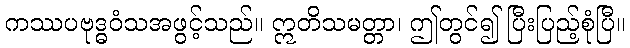
ကဿပဗုဒ္ဓဝံသအဖွင့်သည်။ ဣတိသမတ္တာ၊ ဤတွင်၍ ပြီးပြည့်စုံပြီ။